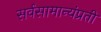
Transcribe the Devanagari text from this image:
सर्वसामान्यंप्रती